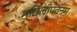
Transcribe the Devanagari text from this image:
मछिलीपतनम